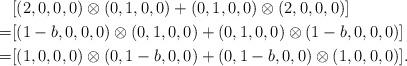
LaTeX: \begin{align*}&[(2,0,0,0)\otimes(0,1,0,0)+(0,1,0,0)\otimes(2,0,0,0)] \\=&[(1-b,0,0,0)\otimes(0,1,0,0)+(0,1,0,0)\otimes(1-b,0,0,0)]\\=&[(1,0,0,0)\otimes(0,1-b,0,0)+(0,1-b,0,0)\otimes(1,0,0,0)].\end{align*}